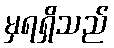
မှရရှိသည်